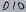
Text: D10